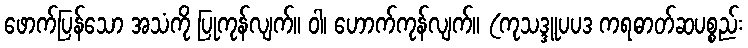
ဖောက်ပြန်သော အသံကို ပြုကုန်လျက်။ ဝါ၊ ဟောက်ကုန်လျက်။ (ကုသဒ္ဒူပပဒ ကရဓာတ်ဆပစ္စည်း